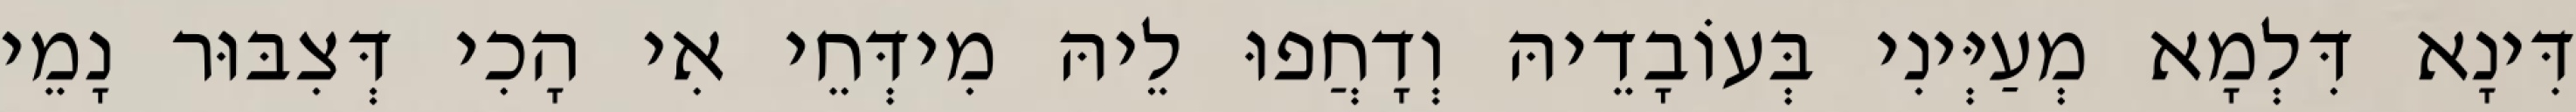
דִּינָא דִּלְמָא מְעַיְּינִי בְּעוֹבָדֵיהּ וְדָחֲפוּ לֵיהּ מִידְּחֵי אִי הָכִי דְּצִבּוּר נָמֵי